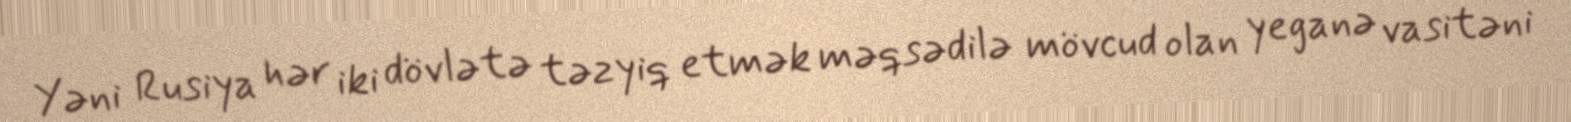
Yəni Rusiya hər iki dövlətə təzyiq etmək məqsədilə mövcud olan yeganə vasitəni